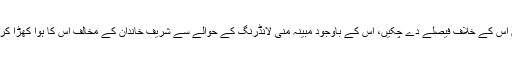
مختلف عدالتیں اس کے خلاف فیصلے دے چکیں، اس کے باوجود مبینہ منی لانڈرنگ کے حوالے سے شریف خاندان کے مخالف اس کا ہوّا کھڑا کرتے رہے ہیں۔